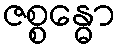
ဇစ္စန္ဓော